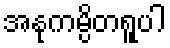
အနုကမ္ပိတရူပါ